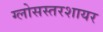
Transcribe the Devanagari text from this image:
ग्लोसस्तरशायर